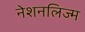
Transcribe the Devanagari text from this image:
नेशनलिज्म